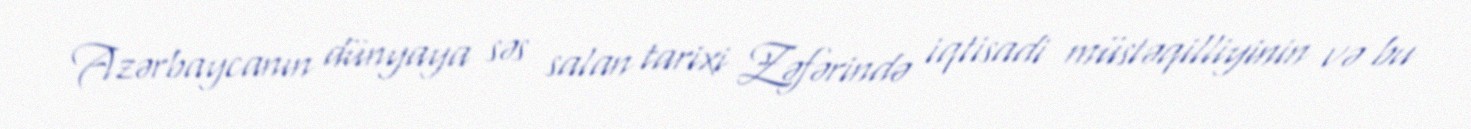
Azərbaycanın dünyaya səs salan tarixi Zəfərində iqtisadi müstəqilliyinin və bu